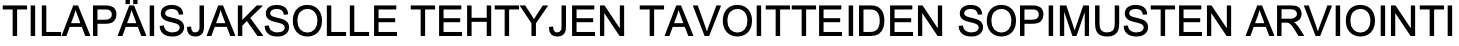
TILAPÄISJAKSOLLE TEHTYJEN TAVOITTEIDEN SOPIMUSTEN ARVIOINTI